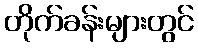
တိုက်ခန်းများတွင်